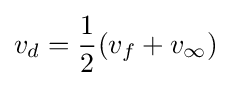
v_{d}={\frac {1}{2}}(v_{f}+v_{\infty })